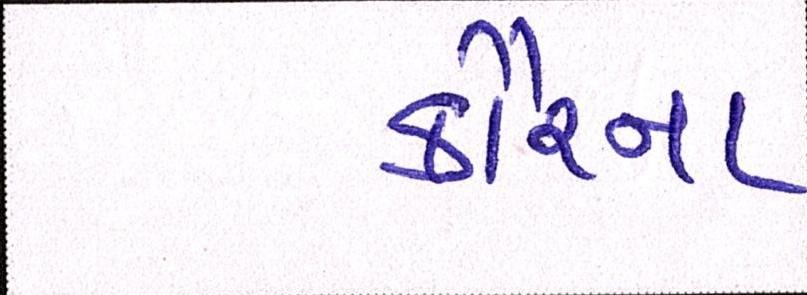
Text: કૌરના